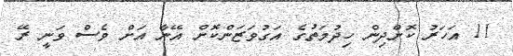
11 އަހަރު ކޮށްދިން ހިދުމަތުގެ އަގުވަޒަންކޮށް އޭނާ އަށް ވެސް ވަނީ ރޭ